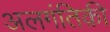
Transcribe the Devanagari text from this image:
अलगंतिक़ी